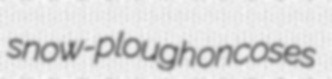
snow-plough oncoses